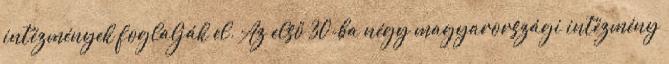
intézmények foglalják el. Az első 30-ba négy magyarországi intézmény